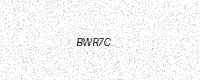
Text: BWR7C